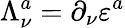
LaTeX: \Lambda_{\nu}^{a}=\partial_{\nu}\varepsilon^{a}